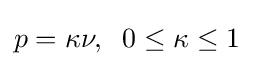
p=\kappa \nu ,\;\;0\leq \kappa \leq 1